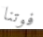
فوتنا